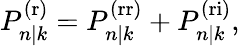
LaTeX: \begin{array}{r}{P_{n|k}^{\mathrm{(r)}}=P_{n|k}^{\mathrm{(rr)}}+P_{n|k}^{\mathrm{(ri)}},}\end{array}